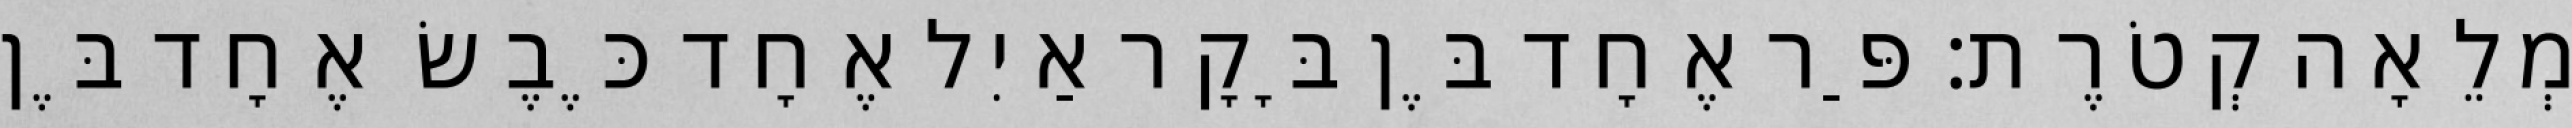
מְלֵאָה קְטֹרֶת׃ פַּר אֶחָד בֶּן בָּקָר אַיִל אֶחָד כֶּבֶשׂ אֶחָד בֶּן